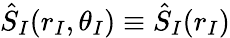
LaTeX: \hat{S}_{I}(r_{I},\theta_{I})\equiv\hat{S}_{I}(r_{I})